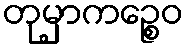
တုမှာကဉ္စေဝ